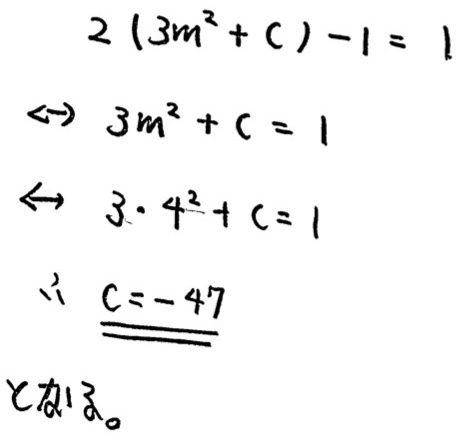
\[
\begin{align*}
2(3m^{2}+c)-1&=1\\
\Leftrightarrow 3m^{2}+c&=1\\
\Leftrightarrow 3\cdot4^{2}+c&=1\\
\therefore c&=- 47
\end{align*}
\]